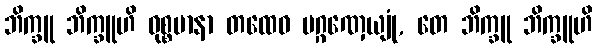
ဘိက္ခူ ဘိက္ခူဟိ ဝုစ္စမာနာ တထေဝ ပဂ္ဂဏှေယျုံ, တေ ဘိက္ခူ ဘိက္ခူဟိ